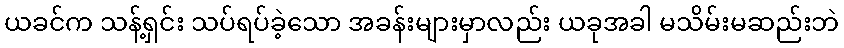
ယခင်က သန့်ရှင်း သပ်ရပ်ခဲ့သော အခန်းများမှာလည်း ယခုအခါ မသိမ်းမဆည်းဘဲ